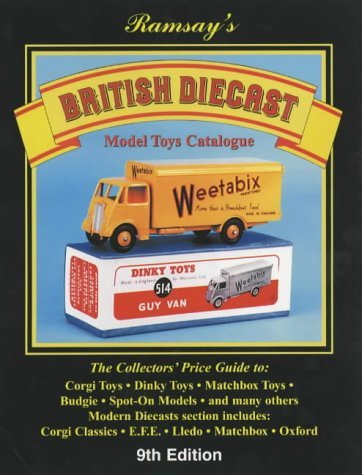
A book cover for British Diecast Model Toys Catalogue by John Ramsay (Editor) (1-Nov-2001) Hardcover; John Ramsay (Editor); Crafts, Hobbies & Home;